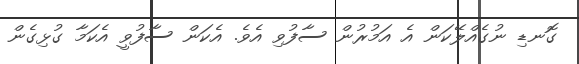
ގޮނޑި ނުގެއްލޭކަން އެ އަމުރުން ސާފުވި އެވެ. އެކަން ސާފުވީ އެކަމާ ގުޅިގެން